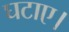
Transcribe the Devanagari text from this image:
घटाए।